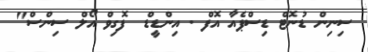
ސިނިން ޑުނޮޓް ޑިސްޕެއާ އޮފް . އިންޑީޑް  ފޮގިވް އޯލް ސިންސް"